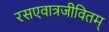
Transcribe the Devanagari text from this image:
रसएवात्रजीवितम्